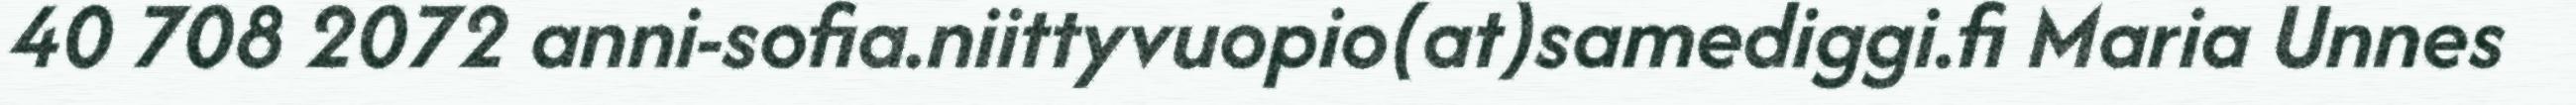
40 708 2072 anni-sofia.niittyvuopio(at)samediggi.fi Maria Unnes